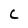
Character: C